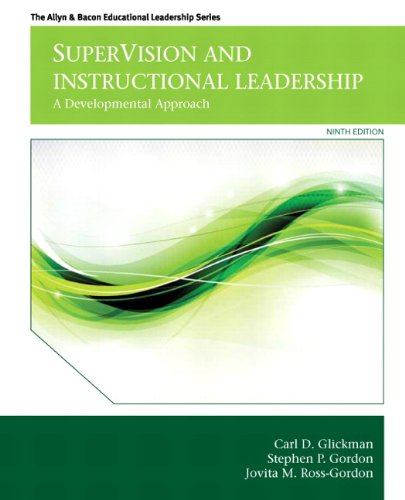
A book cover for SuperVision and Instructional Leadership: A Developmental Approach (9th Edition) (Allyn & Bacon Educational Leadership); Carl D. Glickman; Education & Teaching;